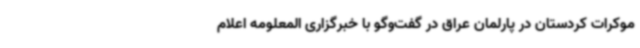
موکرات کردستان در پارلمان عراق در گفت‌وگو با خبرگزاری المعلومه اعلام